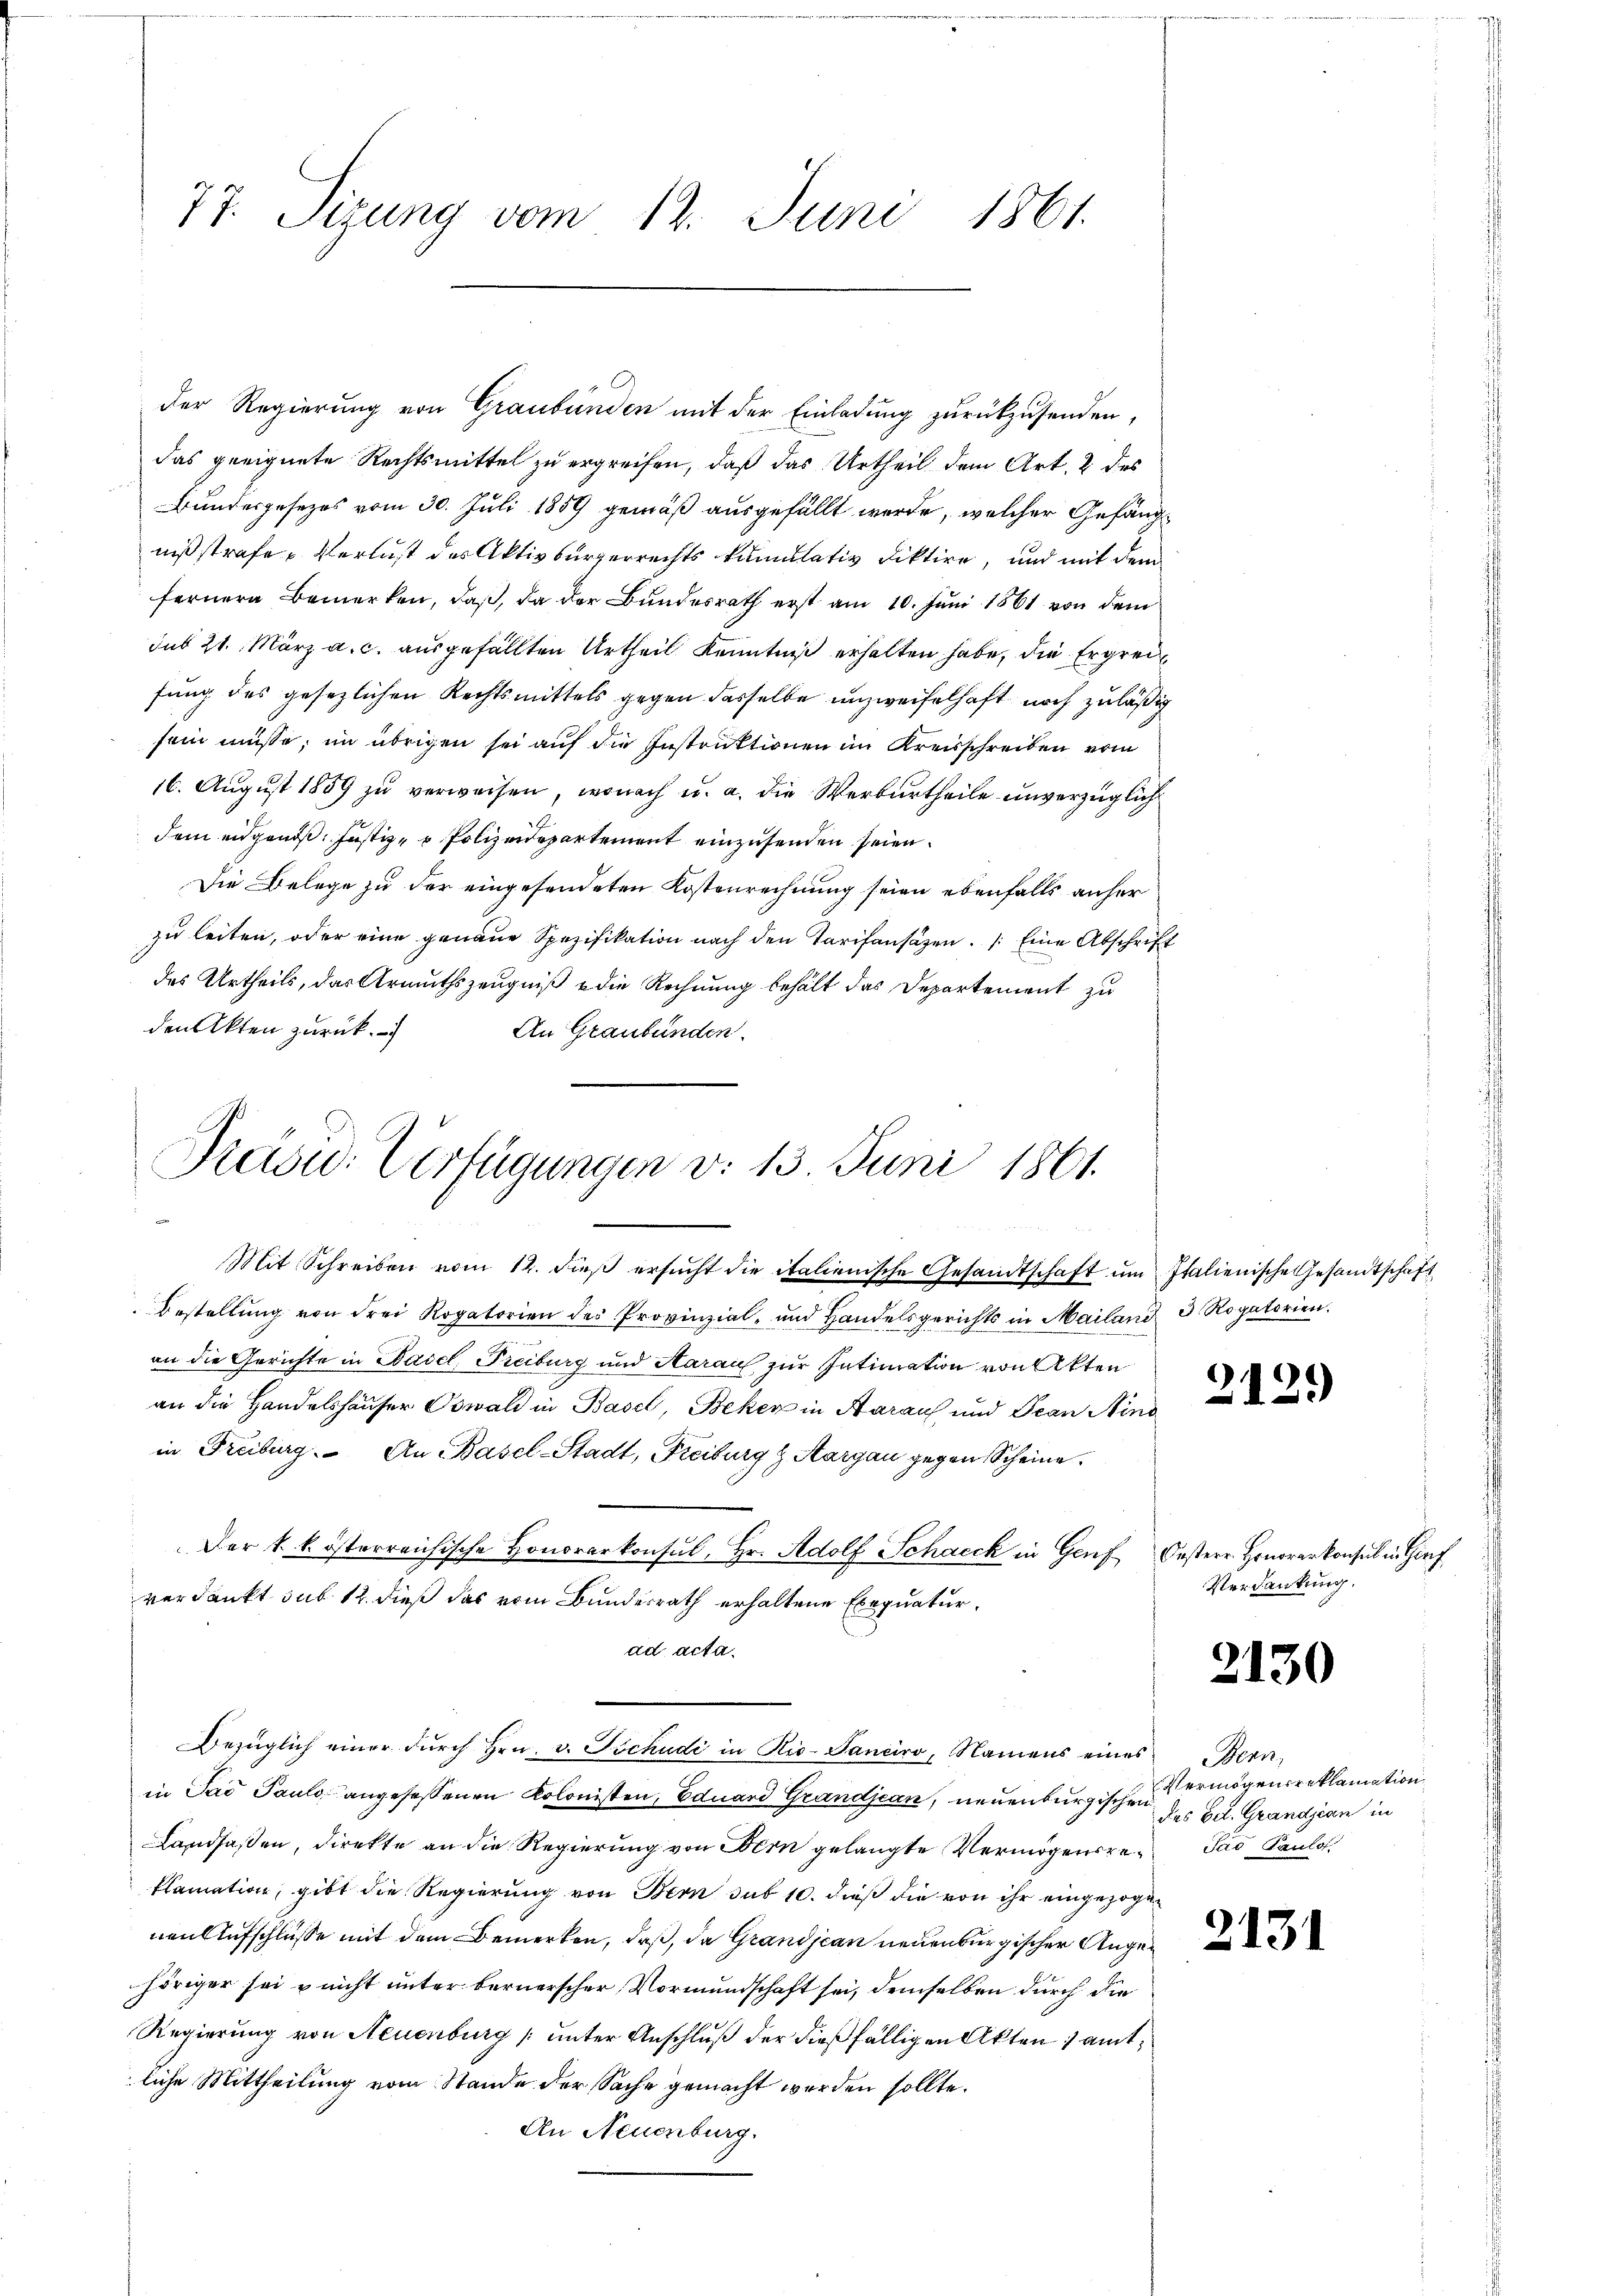
77. Sizung vom 12. Juni 1861.

der Regierung von Graubünden mit der Einladung zurückzusenden,
das geeignete Rechtsmittel zu ergreifen, daß das Urtheil dem Art. 2 des
Bundesgesezes vom 30. Juli 1859 gemäß ausgefällt werde, welcher Gefängnißstrafe, Verlust des Aktivbürgerrechts kamulativ diktire, und mit dem
fernern Bemerken, daß, da der Bundesrath erst am 10. Juni 1861 von dem
sub 21. März a. c. ausgefällten Urtheil Kenntniß erhalten habe, die Ergreifung des gesezlichen Rechtsmittels gegen dasselbe unzweifelhaft noch zuläßig
sein müsse, im übrigen sei auf die Instruktionen im Kreisschreiben vom
16. August 1889 zu verweisen, wonach u. a. die Werburtheile unverzüglich
dem eidgen. Justiz- & Polizeidepartement einzusenden seien.
Die Belege zu der eingesendeten Kostenrechnung seien ebenfalls anher
zu leiten, oder eine genaue Spezifikation nach den Tarifansäzen. Eine Abschrift
des Urtheils, das Armuthszeugniß & die Rechnung behält das Departement zu
den Akten zurück.
An Graubünden.

Präsid. Verfügungen v. 13 Juni 1861.

Bestellung von drei Rogatorien des Provinzial- und Handelsgerichts in Mailand 3 Rogatorien.
an die Gerichte in Basel, Freiburg und Aarau zur Intimation von Akten
an die Handelshäuser Oswald in Basel, Beker in Aarauf und Gran sind
in Freiburg. An Basel-Stadt, Freiburg & Aargau gegen Scheine
Der k. k. österreichische Honorarkonsul, Hr. Adolf Schacck in Genf, Oesterr. Honorarkonsul in Girf
ad acta.
Bezüglich einer dŭrch Hrn. v. Tschudi in Rio-Tanciro, Namens eines Bern,
in Par Pauls angesessenen Kolonisten, Eduard Grandjean, neuenburgischen
Landsaßen, direkte an die Regierung von Bern gelangte Vermögensre¬ Jar Paulos.
klamation, gibt die Regierung von Bern sub 10. dieß die von ihr eingezogen
nen Aufschlüsse mit dem Bemerken, daß, da Grandjean neuenburgischer Angehöriger sei u nicht unter bernerscher Vormundschaft sei, demselben durch die
Regierung von Neuenburg (unter Anschluß der dießfälligen Akten) amtliche Mittheilung vom Stande der Sache gemacht werden sollte.
An Neuenburg.

verdankt sub. 12. dieß das vom Bunderrath erhaltene Exequatur¬

Mit Schreiben vom 12. dieß ersucht die italienische Gesandtschaft um Italienische Gesandtschaft

212.

Verdankung.

2130

Vermögensreklamation
des Fel. Grandjean in

2131